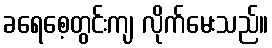
ခရေစေ့တွင်းကျ လိုက်မေးသည်။